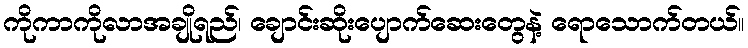
ကိုကာကိုလာအချိုရည်၊ ချောင်းဆိုးပျောက်ဆေးတွေနဲ့ ရောသောက်တယ်။